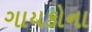
ગાયકોના